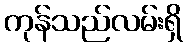
ကုန်သည်လမ်းရှိ